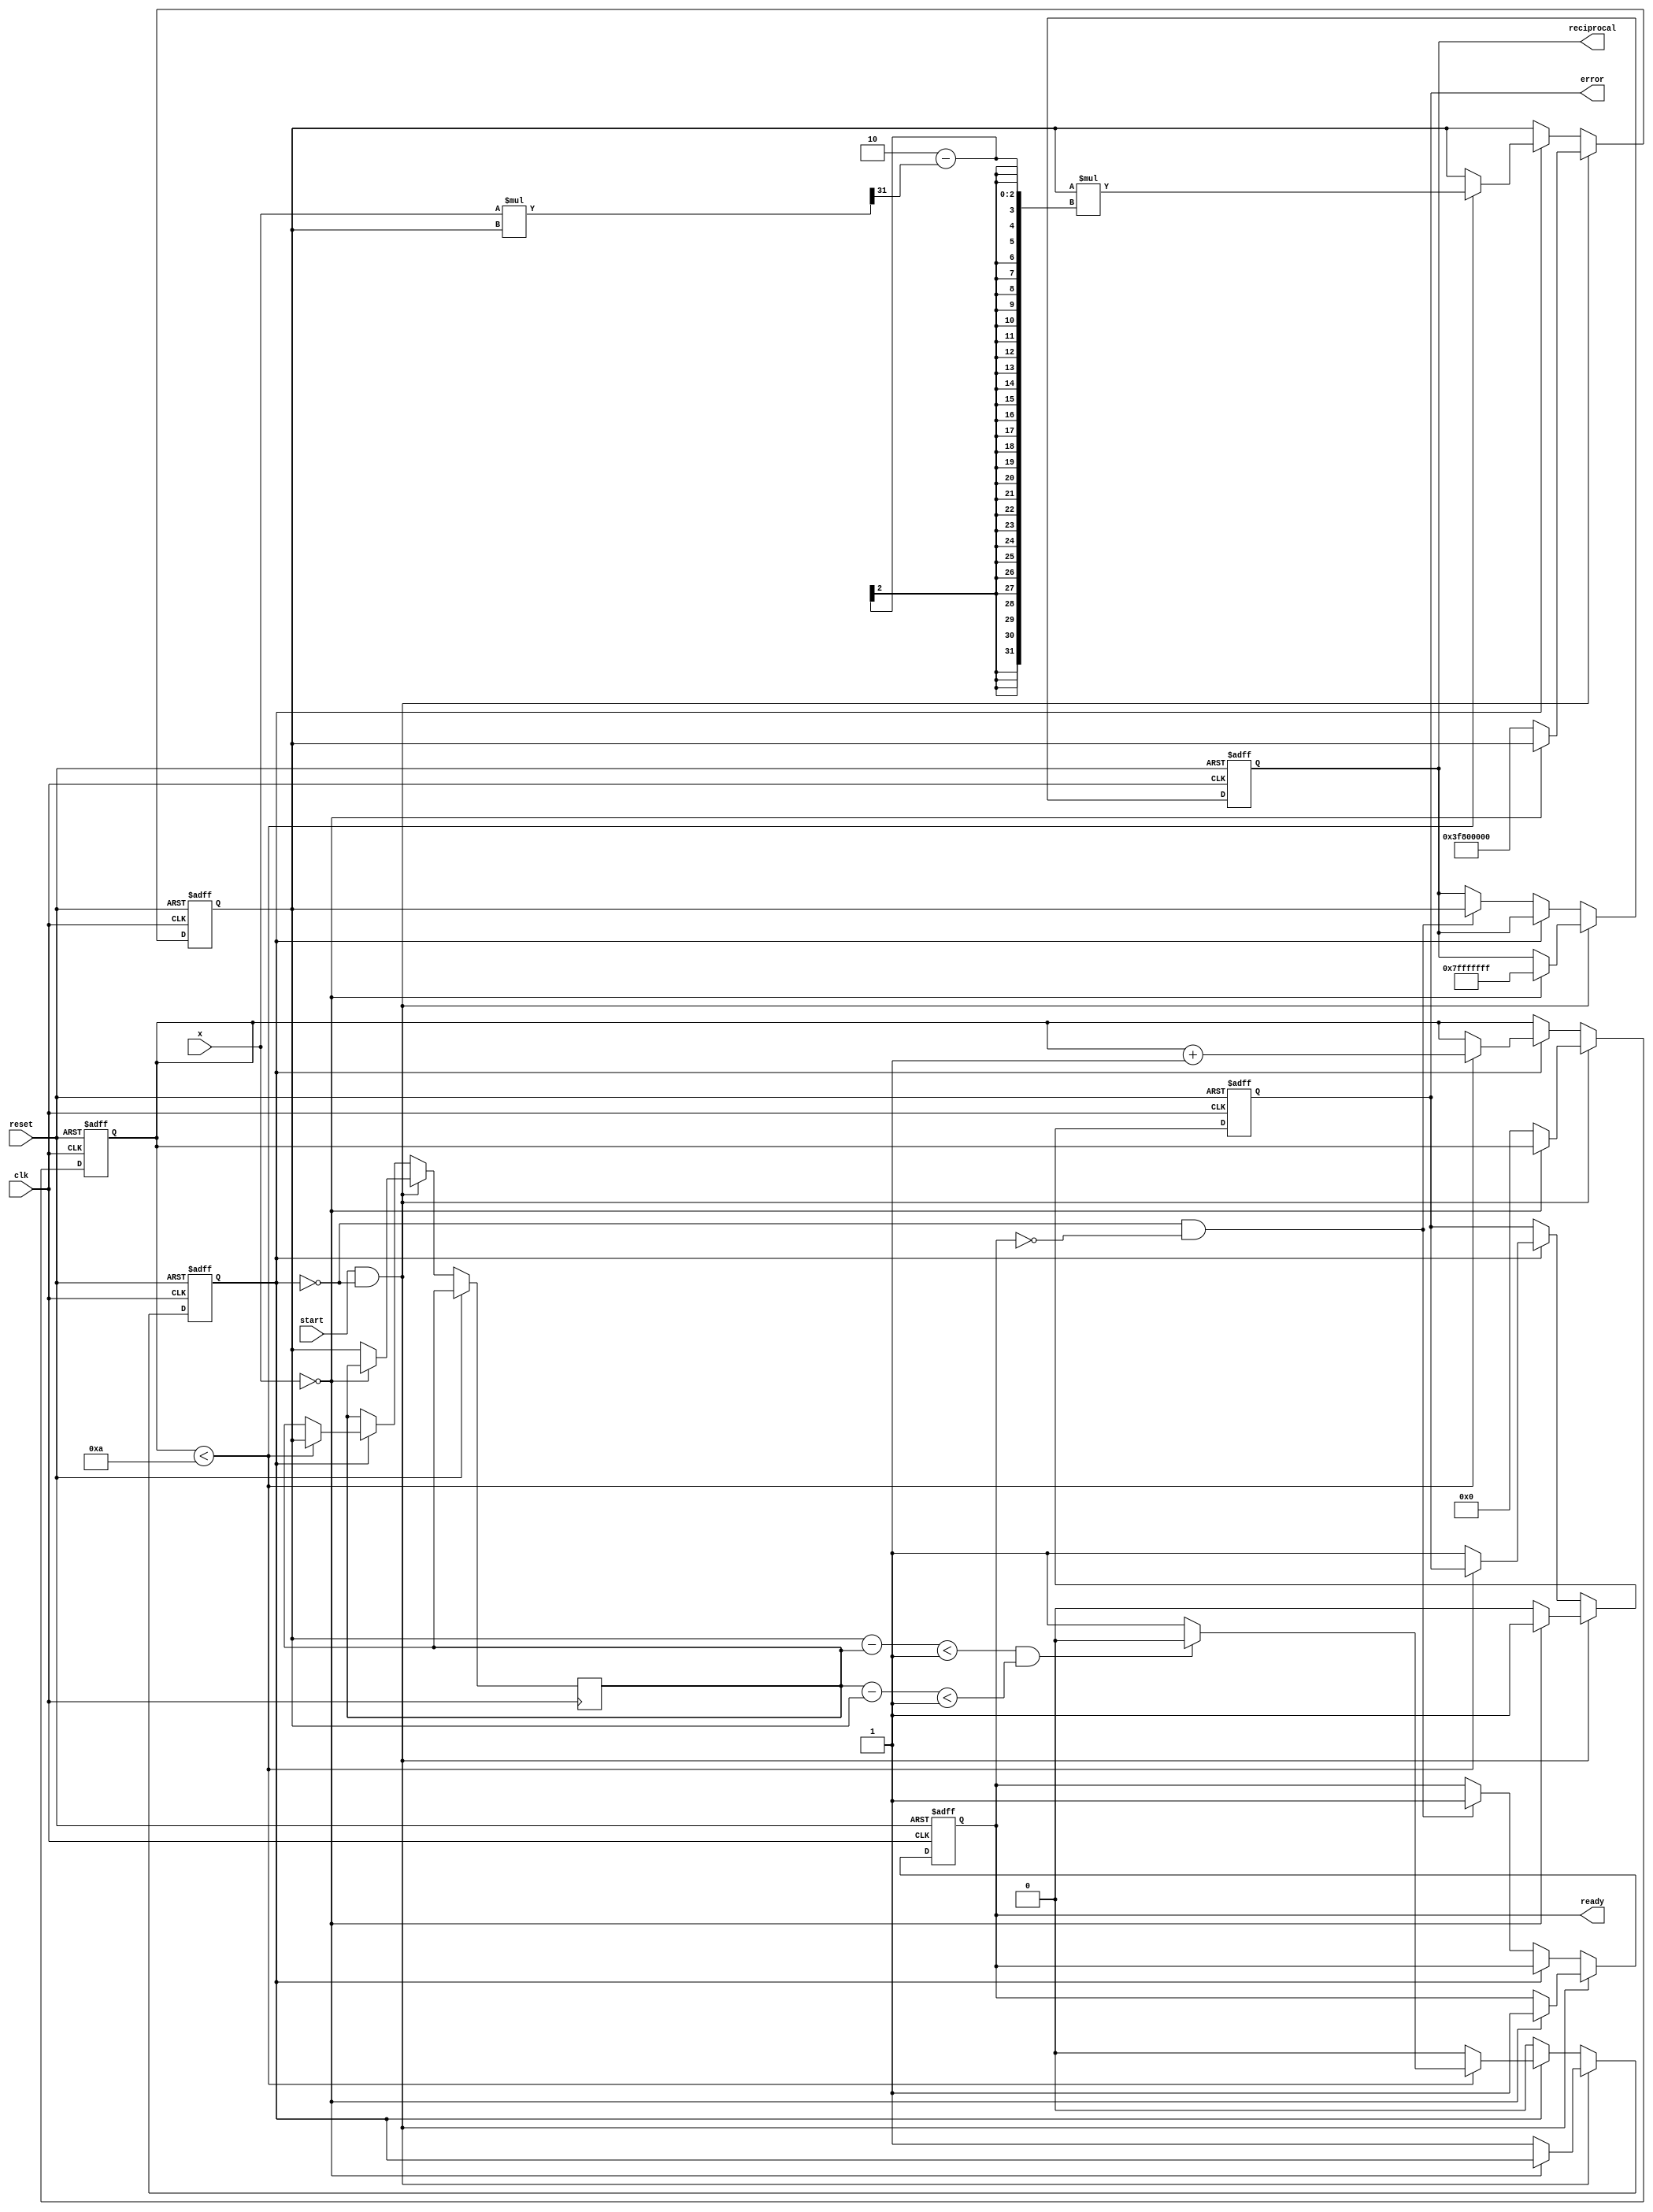
module newton_raphson_reciprocal (
    input  wire [31:0] x,            // Input value for which we find the reciprocal
    input  wire start,                // Start signal for the calculation
    input  wire clk,                  // Clock signal
    input  wire reset,                // Reset signal
    output reg [31:0] reciprocal,     // Computed reciprocal output
    output reg ready,                 // Signal indicating the computation is complete
    output reg error                  // Error flag
);

    // Parameters
    parameter MAX_ITERATIONS = 10;    // Maximum number of iterations
    parameter THRESHOLD = 32'h00000001; // Convergence threshold for estimate change

    // Internal registers
    reg [31:0] estimate;               // Current estimate of the reciprocal
    reg [3:0] iteration_count;         // Iteration counter
    reg [31:0] previous_estimate;      // Previous estimate for convergence check
    reg in_progress;                   // Indicates if computation is in progress

    // Initial estimate, can be set to a fixed value or calculated based on x
    initial begin
        estimate = 32'h3F800000; // Initial estimate (1.0 in IEEE 754)
        reciprocal = 0;
        ready = 0;
        error = 0;
        iteration_count = 0;
        in_progress = 0;
    end

    always @(posedge clk or posedge reset) begin
        if (reset) begin
            // Reset all registers
            estimate <= 32'h3F800000; // Reset to initial estimate (1.0)
            reciprocal <= 0;
            ready <= 0;
            error <= 0;
            iteration_count <= 0;
            in_progress <= 0;
        end else if (start && !in_progress) begin
            // Start the computation
            if (x == 0) begin
                // Handle zero input case
                error <= 1; // Set error flag for division by zero
                reciprocal <= 32'h7FFFFFFF; // Return a predefined value (infinity)
                ready <= 1; // Set ready signal
            end else begin
                // Initialize for computation
                in_progress <= 1;
                iteration_count <= 0;
                previous_estimate <= estimate;
                estimate <= 32'h3F800000; // Reset to initial estimate (1.0)
                error <= 0; // Clear error flag
            end
        end else if (in_progress) begin
            // Perform Newton-Raphson iteration
            if (iteration_count < MAX_ITERATIONS) begin
                // Apply Newton-Raphson formula: y_n+1 = y_n * (2 - x * y_n)
                previous_estimate <= estimate;
                estimate <= estimate * (32'h2 - (x * estimate >> 31)); // Fixed-point multiplication

                // Check for convergence
                if (estimate - previous_estimate < THRESHOLD && previous_estimate - estimate < THRESHOLD) begin
                    in_progress <= 0; // Stop iteration if converged
                end

                iteration_count <= iteration_count + 1;
            end else begin
                // Maximum iterations reached without convergence
                error <= 1; // Set error flag
                in_progress <= 0; // Stop iteration
            end
        end else if (!in_progress && !ready) begin
            // Final output assignment
            reciprocal <= estimate; // Assign final estimate to output
            ready <= 1; // Set ready signal
        end
    end

endmodule